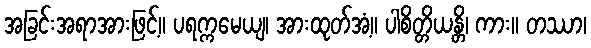
အခြင်းအရာအားဖြင့်။ ပရက္ကမေယျ၊ အားထုတ်အံ့။ ပါစိတ္တိယန္တိ၊ ကား။ တဿာ၊